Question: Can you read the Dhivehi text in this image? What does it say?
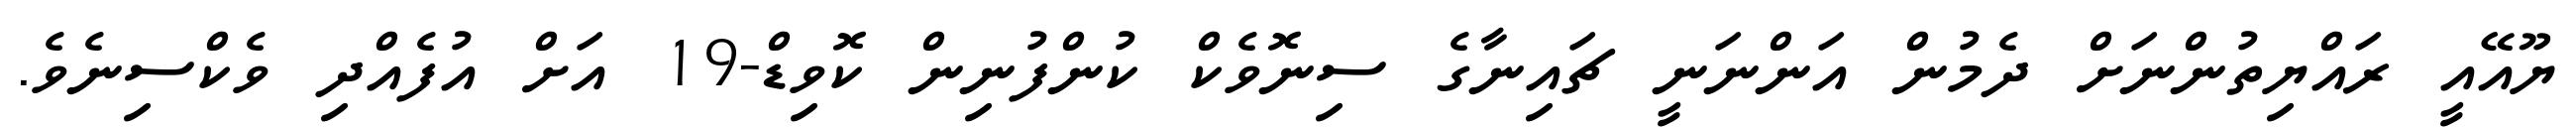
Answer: ޔޫއޭއީ ރައްޔިތުންނަށް ދެމުން އަންނަނީ ޗައިނާގެ ސިނޮވެކް ކުންފުނިން ކޮވިޑް-19 އަށް އުފެއްދި ވެކްސިނެވެ.